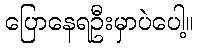
ပြောနေရဦးမှာပဲပေါ့။